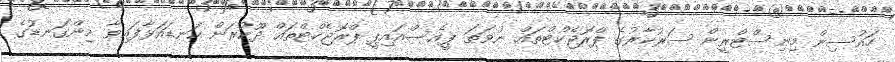
ހައުސިން މިނިސްޓްރީން ސަރުކާރުގެ ޕްރޮޖެކްޓްތައް ނުވަތަ ޕީއެސްއައިޕީ ޕްރޮޖެކްޓްތައް ދޫކުރަން ކަނޑައަޅާފައިވާ މިންގަނޑުގެ